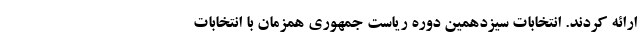
ارائه کردند. انتخابات سیزدهمین دوره ریاست جمهوری همزمان با انتخابات